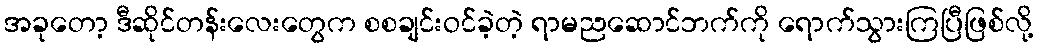
အခုတော့ ဒီဆိုင်တန်းလေးတွေက စစချင်းဝင်ခဲ့တဲ့ ရာမညဆောင်ဘက်ကို ရောက်သွားကြပြီဖြစ်လို့